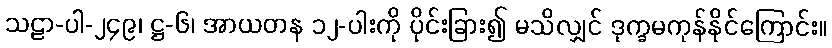
သဠာ-ပါ-၂၄၉၊ ဋ္ဌ-၆၊ အာယတန ၁၂-ပါးကို ပိုင်းခြား၍ မသိလျှင် ဒုက္ခမကုန်နိုင်ကြောင်း။